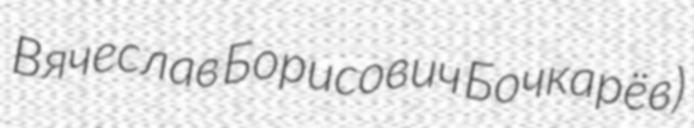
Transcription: Вячеслав Борисович Бочкарёв)